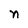
Character: n